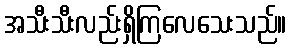
အသီးသီးလည်းရှိကြလေသေးသည်။